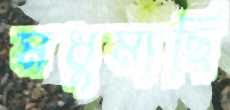
মধুমাছি